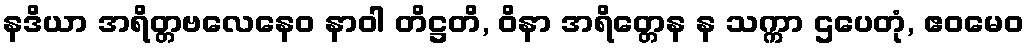
နဒိယာ အရိတ္တဗလေနေဝ နာဝါ တိဋ္ဌတိ, ဝိနာ အရိတ္တေန န သက္ကာ ဌပေတုံ, ဧဝမေဝ